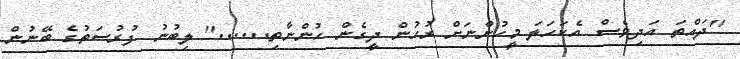
''ދައްތަ އަދިވެސް އެކަހަލަ މީހުންނަށް ރުހުން ދީގެން ހުންނާތި......'' ލިބުނު ފުރުސަތުގެ ބޭނުން